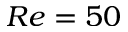
R e = 5 0